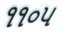
૧૧૦૫